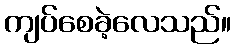
ကျပ်စေခဲ့လေသည်။